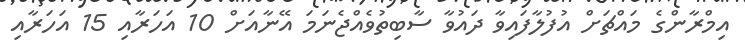
އިމްރާންގެ މައްޗަށް އުފުލާފައިވާ ދައުވާ ސާބިތުވެއްޖެނަމަ އޭނާއަށް 10 އަހަރާއި 15 އަހަރާއި